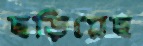
ছড়িয়েছ